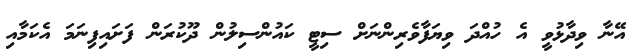
އޭނާ ވިދާޅުވީ އެ ހުއްދަ ވިޔަފާވެރިންނަށް ސިޓީ ކައުންސިލުން ދޫކުރަން ފަށައިފިނަމަ އެކަމާއި